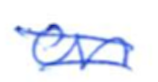
Text: on
Cross-out: double-line
Writing tool: ballpoint